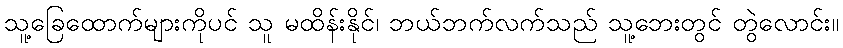
သူ့ခြေထောက်များကိုပင် သူ မထိန်းနိုင်၊ ဘယ်ဘက်လက်သည် သူ့ဘေးတွင် တွဲလောင်း။